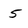
Character: 5